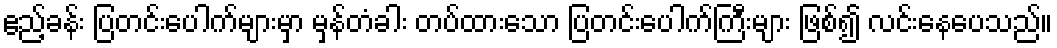
ဧည့်ခန်း ပြတင်းပေါက်များမှာ မှန်တံခါး တပ်ထားသော ပြတင်းပေါက်ကြီးများ ဖြစ်၍ လင်းနေပေသည်။